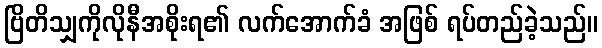
ဗြိတိသျှကိုလိုနီအစိုးရ၏ လက်အောက်ခံ အဖြစ် ရပ်တည်ခဲ့သည်။